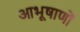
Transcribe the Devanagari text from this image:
आभूषाणों